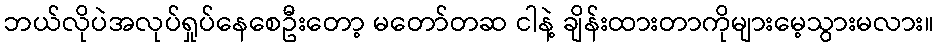
ဘယ်လိုပဲအလုပ်ရှုပ်နေစေဦးတော့ မတော်တဆ ငါနဲ့ ချိန်းထားတာကိုများမေ့သွားမလား။